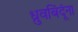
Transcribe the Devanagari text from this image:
ध्रुवबिंदूंना